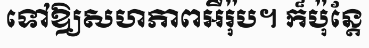
ទៅឱ្យសហភាពអឺរ៉ុប។ ក៏ប៉ុន្តែ